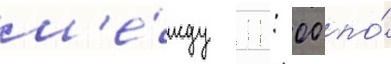
м'е́жду 11: 00 по́